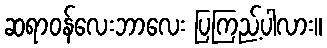
ဆရာဝန်လေးဘာလေး ပြကြည့်ပါလား။